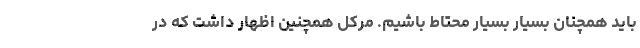
باید همچنان بسیار بسیار محتاط باشیم. مرکل همچنین اظهار داشت که در